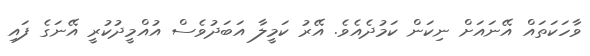
ވާހަކަތައް އޭނައަށް ނިކަން ކަމުދެއެވެ. އޭރު ކަމީލާ އަބަދުވެސް އުއްމީދުކުރީ އޭނަގެ ފައި